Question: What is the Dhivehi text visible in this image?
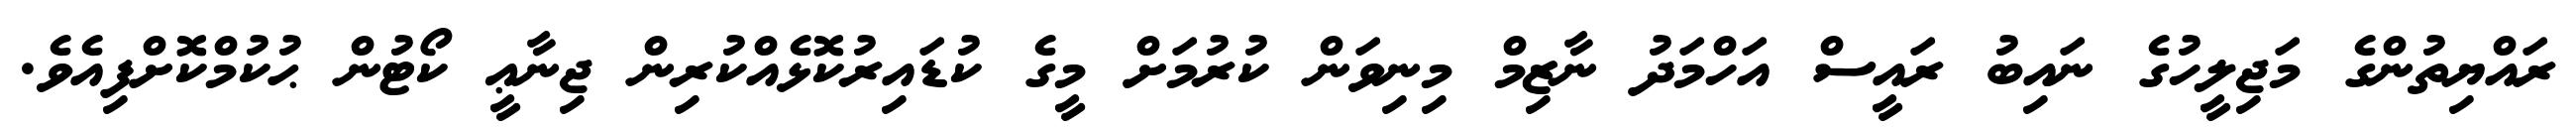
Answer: ރައްޔިތުންގެ މަޖިލީހުގެ ނައިބު ރައީސް އަހްމަދު ނާޒިމް މިނިވަން ކުރުމަށް މީގެ ކުޑައިރުކޮޅެއްކުރިން ޖިނާޢީ ކޯޓުން ޙުކުމްކޮށްފިއެވެ.